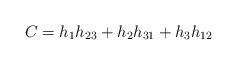
LaTeX: \begin{align*}C = h_1h_{23} + h_2h_{31} + h_3h_{12}\end{align*}